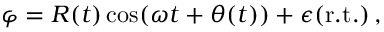
\varphi = R ( t ) \cos ( \omega t + \theta ( t ) ) + \epsilon ( \mathrm { r . t . } ) \, ,